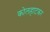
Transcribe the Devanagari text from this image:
कोलहाटकर